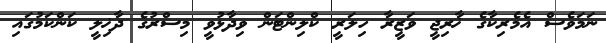
ނަމަވެސް އެމެރިކާގެ ޚާރިޖީ ވަޒީރާ ހިލަރީ ކްލިންޓަން ވިދާޅުވީ މިސްރުގެ ދާޚިލީ ކަންކަމުގައި